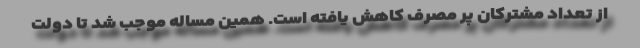
از تعداد مشترکان پر مصرف کاهش یافته است. همین مساله موجب شد تا دولت